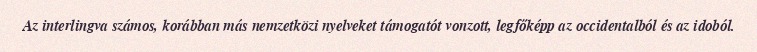
Az interlingva számos, korábban más nemzetközi nyelveket támogatót vonzott, legfőképp az occidentalból és az idoból.